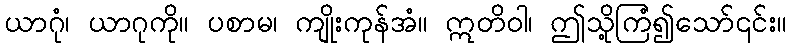
ယာဂုံ၊ ယာဂုကို။ ပစာမ၊ ကျိုးကုန်အံ။ ဣတိဝါ၊ ဤသို့ကြံ၍သော်၎င်း။